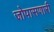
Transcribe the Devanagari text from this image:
जोपासणारी